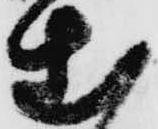
出